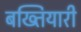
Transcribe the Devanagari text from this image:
बख्तियारी